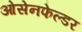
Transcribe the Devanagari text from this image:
ओसेनफेल्डर